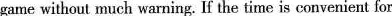
game without much warning. If the time is convenient for